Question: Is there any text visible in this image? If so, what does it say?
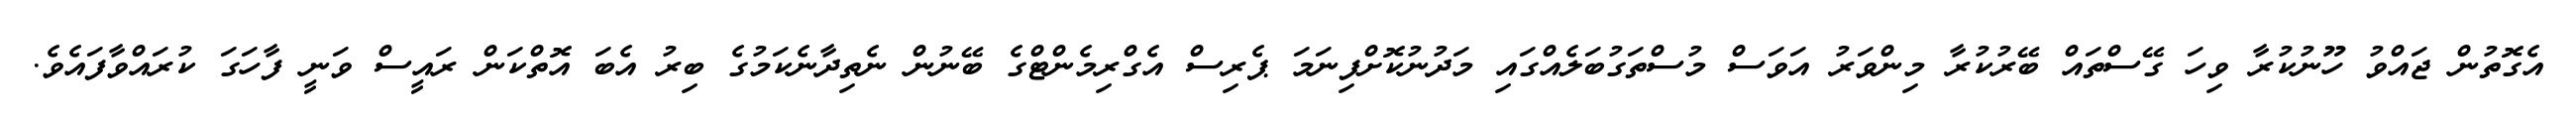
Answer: އެގޮތުން ޖައްވު ހޫނުކުރާ ވިހަ ގޭސްތައް ބޭރުކުރާ މިންވަރު އަވަސް މުސްތަގުބަލެއްގައި މަދުނުކޮށްފިނަމަ ޕެރިސް އެގްރިމެންޓްގެ ބޭނުން ނެތިދާނެކަމުގެ ބިރު އެބަ އޮތްކަން ރައީސް ވަނީ ފާހަގަ ކުރައްވާފައެވެ.